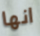
انها